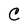
Character: C